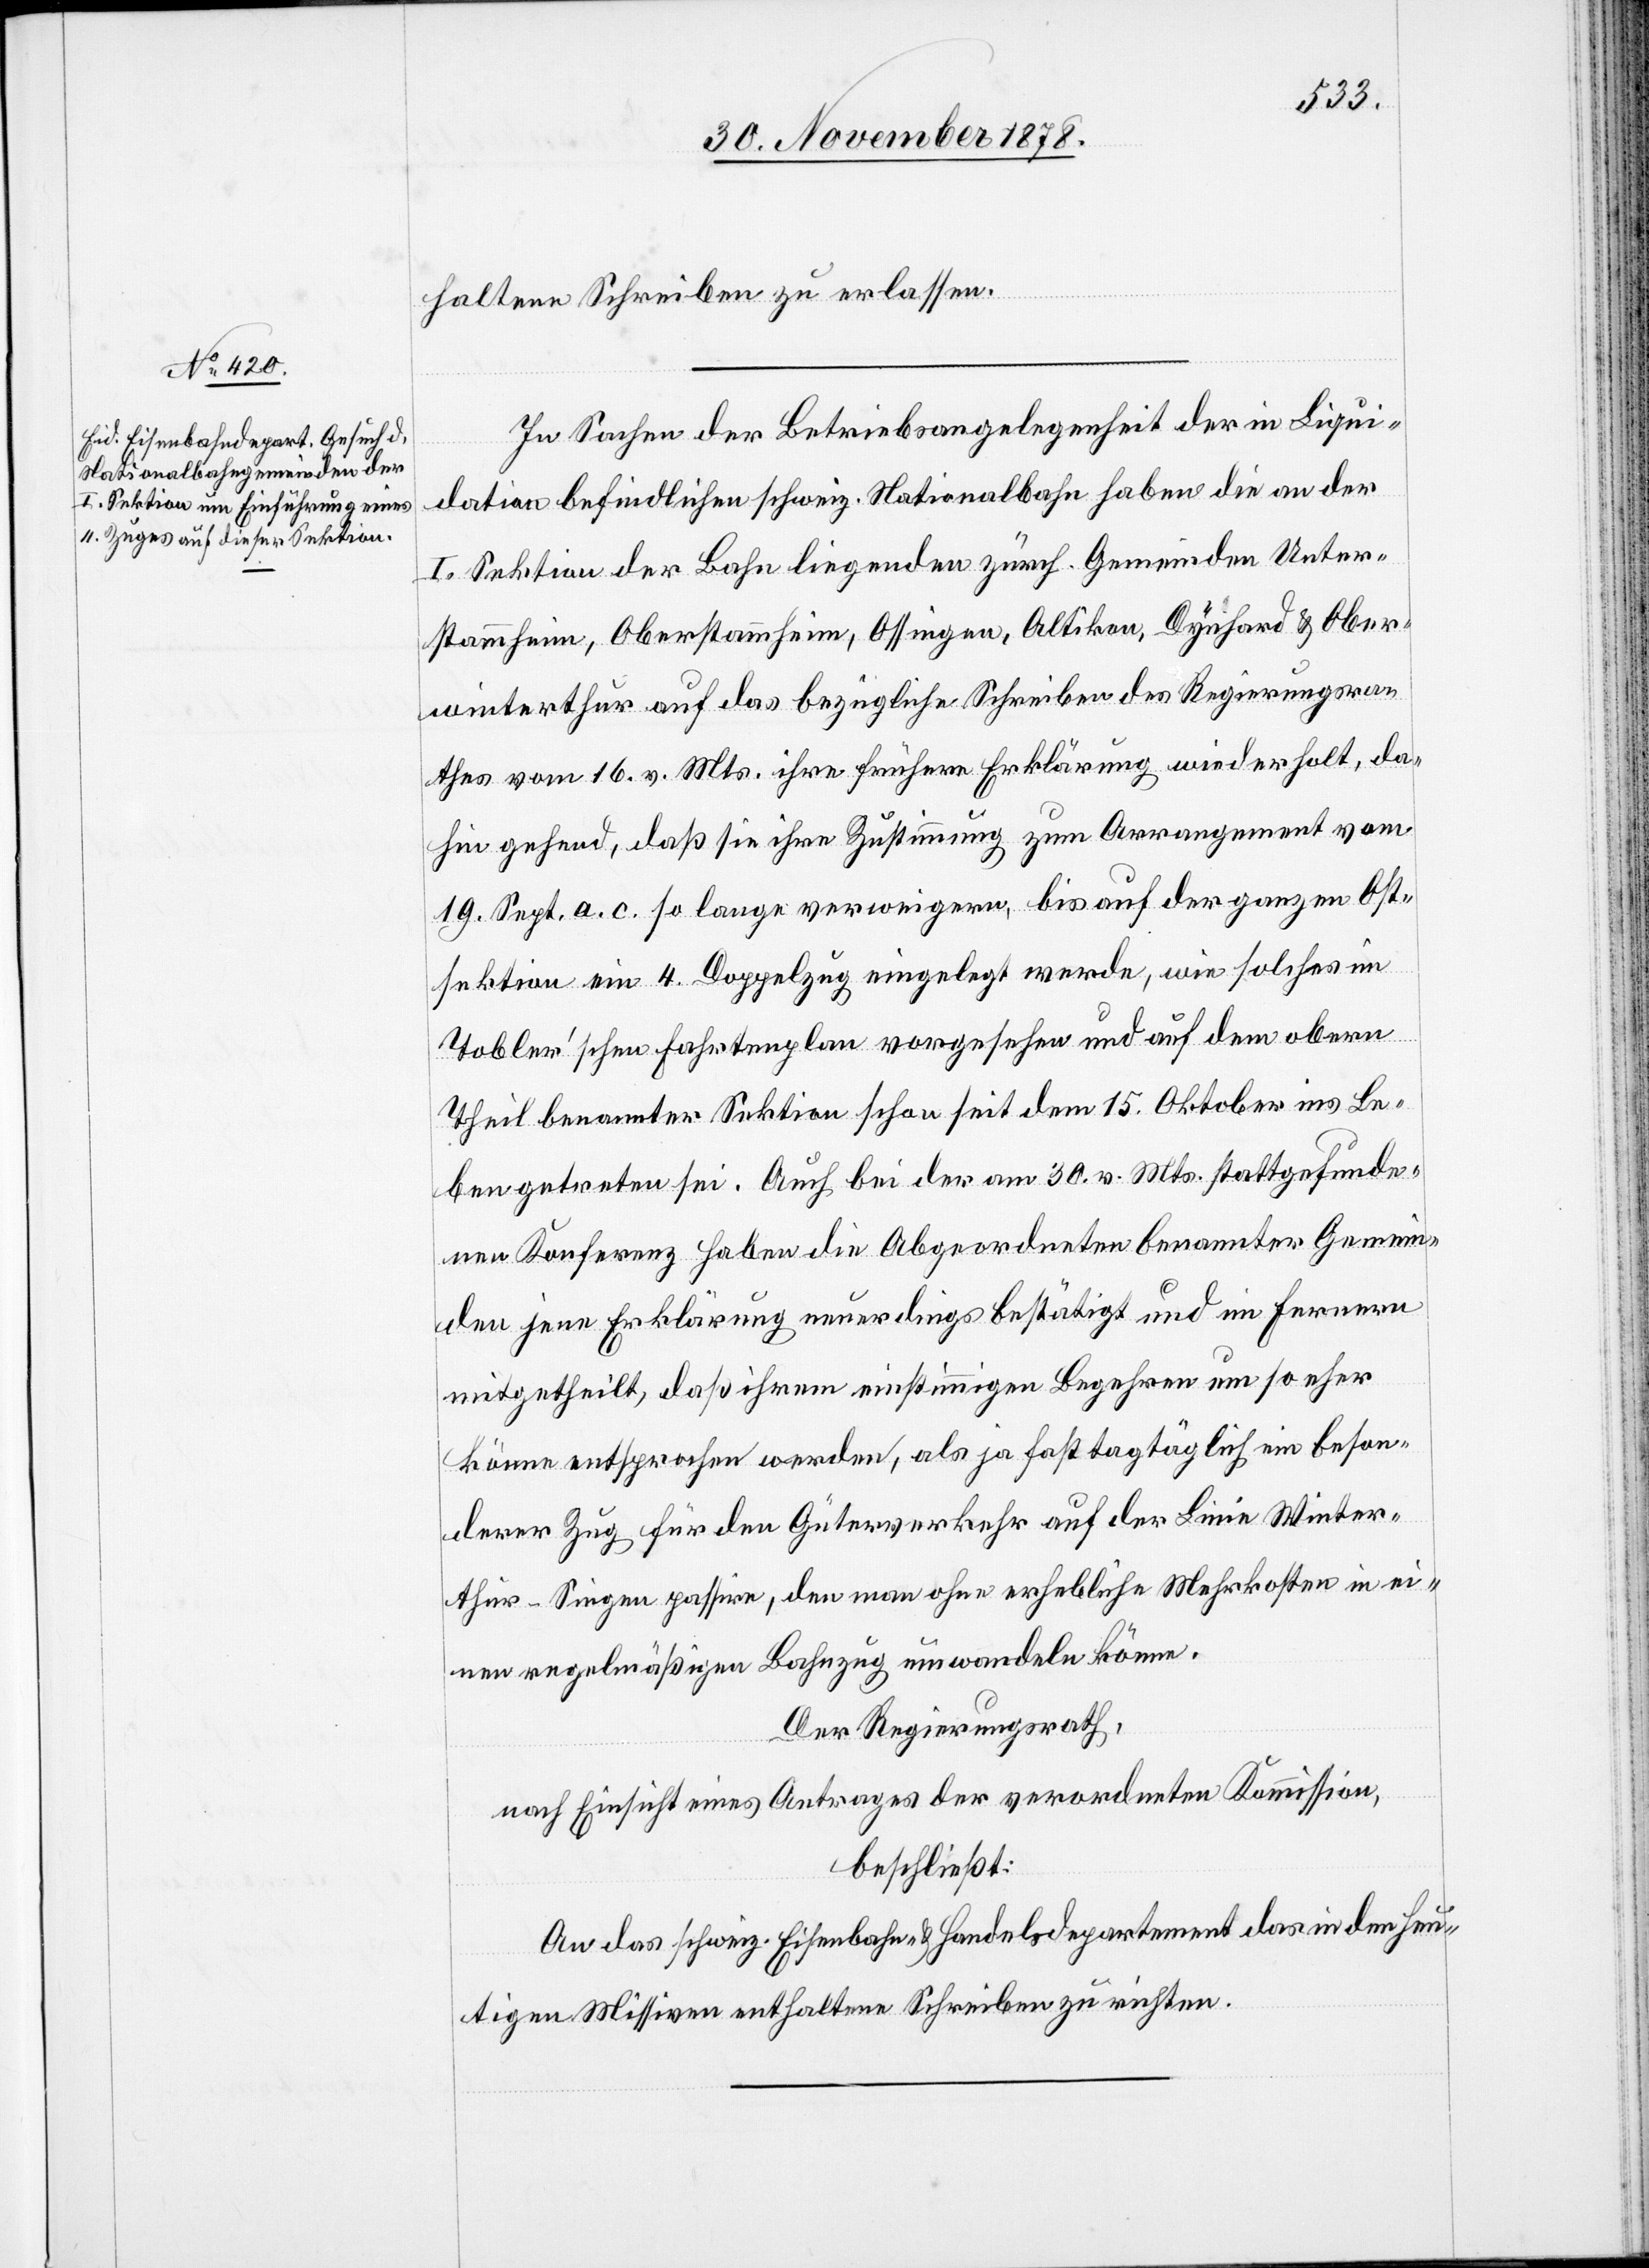
03. Dezember 1878.]
haltene Schreiben zu erlassen.
In Sachen der Betriebsangelegenheit der in Liqui¬
dation befindlichen schweiz. Nationalbahn haben die an der
I. Sektion der Bahn liegenden zürch. Gemeinden Unter¬
stammheim, Oberstammheim, Ossingen, Altikon, Dynhard & Ober¬
winterthur auf das bezügliche Schreiben des Regierungsra¬
thes vom 16. v. Mts. ihre frühere Erklärung wiederholt, da¬
hin gehend, daß sie ihre Zustimmung zum Arrangement vom
19. Sept. a. c. so lange verweigern, bis auf der ganzen Ost¬
sektion ein 4. Doppelzug eingelegt werde, wie solches im
Tobler’schen Fahrtenplan vorgesehen und auf dem obern
Theil benannter Sektion schon seit dem 15. Oktober ins Le¬
ben getreten sei. Auch bei der am 30. v. Mts. stattgefunde¬
nen Konferenz haben die Abgeordneten benannter Gemein¬
den jene Erklärung neuerdings bestätigt und im Ferneren
mitgetheilt, daß ihrem einstimmigen Begehren um so eher
könne entsprochen werden, als ja fast tagtäglich ein beson¬
derer Zug für den Güterverkehr auf der Linie Winter¬
thur–Siegen passire, den man ohne erhebliche Mehrkosten in ei¬
nen regelmäßigen Bahnzug umwandeln könne.
Der Regierungsrath,
nach Einsicht eines Antrages der verordneten Kommission,
beschließt:
An das schweiz. Eisenbahn- & Handelsdepartement das in den heu¬
tigen Missiven enthaltene Schreiben zu richten.